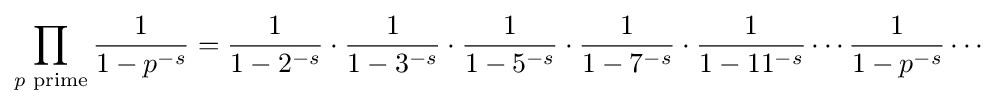
\prod _{p{\text{ prime}}}{\frac {1}{1-p^{-s}}}={\frac {1}{1-2^{-s}}}\cdot {\frac {1}{1-3^{-s}}}\cdot {\frac {1}{1-5^{-s}}}\cdot {\frac {1}{1-7^{-s}}}\cdot {\frac {1}{1-11^{-s}}}\cdots {\frac {1}{1-p^{-s}}}\cdots